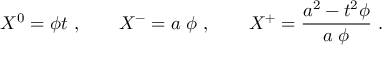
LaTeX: X ^ { 0 } = \phi t \ , \qquad X ^ { - } = a \; \phi \ , \qquad X ^ { + } = { \frac { a ^ { 2 } - t ^ { 2 } \phi } { a \; \phi } } \ .